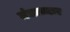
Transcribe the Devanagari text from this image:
मंत्राच्चार